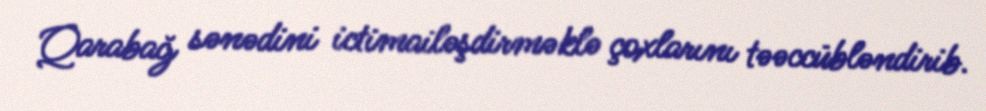
Qarabağ sənədini ictimailəşdirməklə çoxlarını təəccübləndirib.